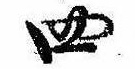
四